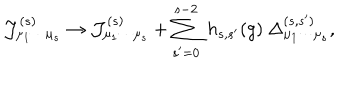
{ \cal J } _ { \mu _ { 1 } \cdots \mu _ { s } } ^ { ( s ) } \rightarrow { \cal J } _ { \mu _ { 1 } \cdots \mu _ { s } } ^ { ( s ) } + \sum _ { s ^ { \prime } = 0 } ^ { s - 2 } \ h _ { s , s ^ { \prime } } ( g ) \ \Delta _ { \mu _ { 1 } \cdots \mu _ { s } } ^ { ( s , s ^ { \prime } ) } ,